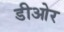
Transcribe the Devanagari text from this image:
डीओर